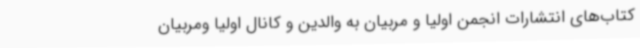
کتاب‌های انتشارات انجمن اولیا و مربیان به والدین و کانال اولیا ومربیان